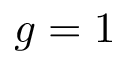
g = 1